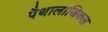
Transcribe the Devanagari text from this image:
पैथालाजिकल